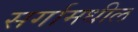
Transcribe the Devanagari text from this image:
सर्गामधील